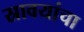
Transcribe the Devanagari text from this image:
स्रावयांचा